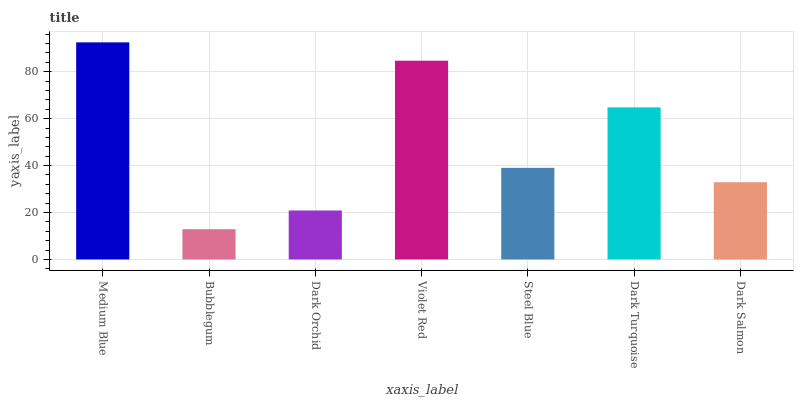
| xaxis_label | bars |
 | --- | --- |
 | Medium Blue | 92.5 |
 | Bubblegum | 12.9 |
 | Dark Orchid | 20.9 |
 | Violet Red | 84.7 |
 | Steel Blue | 39 |
 | Dark Turquoise | 64.8 |
 | Dark Salmon | 32.9 |